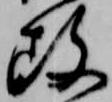
攻